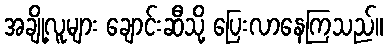
အချို့လူများ ချောင်းဆီသို့ ပြေးလာနေကြသည်။